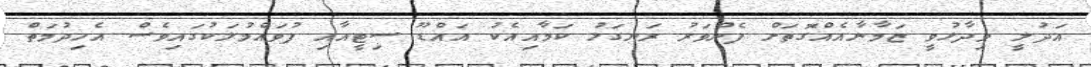
އަދުލީ ވިދާޅުވީ ޒަމާނާއެއްގޮތަށް ފެންވަރު ރަނގަޅު ކަމާއިއެކު އައްޑޫ ސިޓީއާއި ފުވައްމުލަކުގައިވެސް އެހިދުމަތް